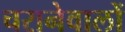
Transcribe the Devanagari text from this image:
चरानेवालों